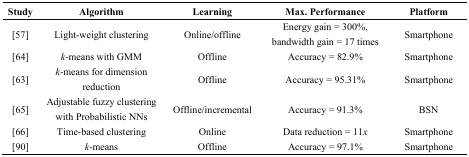
<table><thead><tr><td><b>Study</b></td><td><b>Algorithm</b></td><td><b>Learning</b></td><td><b>Max. Performance</b></td><td><b>Platform</b></td></tr></thead><tbody><tr><td>[57]</td><td>Light-weight clustering</td><td>Online/offline</td><td>Energy gain = 300%, bandwidth gain = 17 times</td><td>Smartphone</td></tr><tr><td>[64]</td><td><i>k</i>-means with GMM</td><td>Offline</td><td>Accuracy = 82.9%</td><td>Smartphone</td></tr><tr><td>[63]</td><td><i>k</i>-means for dimension reduction</td><td>Offline</td><td>Accuracy = 95.31%</td><td>Smartphone</td></tr><tr><td>[65]</td><td>Adjustable fuzzy clustering with Probabilistic NNs</td><td>Offline/incremental</td><td>Accuracy = 91.3%</td><td>BSN</td></tr><tr><td>[66]</td><td>Time-based clustering</td><td>Online</td><td>Data reduction = 11<i>x</i></td><td>Smartphone</td></tr><tr><td>[90]</td><td><i>k</i>-means</td><td>Offline</td><td>Accuracy = 97.1%</td><td>Smartphone</td></tr></tbody></table>